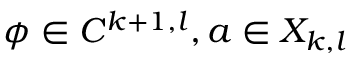
\phi \in C ^ { k + 1 , l } , a \in X _ { k , l }